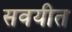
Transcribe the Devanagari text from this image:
सवयीत